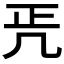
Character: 𠙁